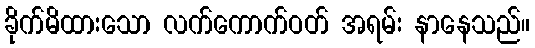
ခိုက်မိထားသော လက်ကောက်ဝတ် အရမ်း နာနေသည်။